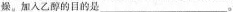
燥。加入乙醇的目的是___。